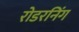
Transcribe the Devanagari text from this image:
रोडरनिंग